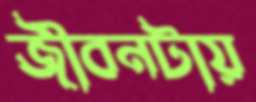
জীবনটায়